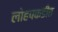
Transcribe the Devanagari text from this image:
लोहपकडीत